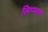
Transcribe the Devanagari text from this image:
लिप्प्मन